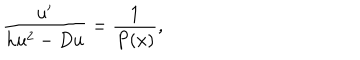
\frac { u ^ { \prime } } { h u ^ { 2 } - D u } = \frac { 1 } { P ( x ) } ,